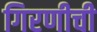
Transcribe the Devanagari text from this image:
गिरणीची